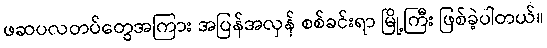
ဖဆပလတပ်တွေအကြား အပြန်အလှန် စစ်ခင်းရာ မြို့ကြီး ဖြစ်ခဲ့ပါတယ်။